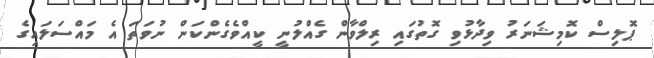
ޕޮލިސް ކޮމިޝަނަރު ވިދާޅުވި ގޮތުގައި ރިލްވާން ގެއްލުނީ ކީއްވެގެންކަން ނުވަތަ އެ މައްސަލައިގެ